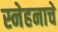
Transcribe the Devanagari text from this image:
स्नेहनाचे